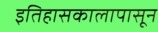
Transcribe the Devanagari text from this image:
इतिहासकालापासून